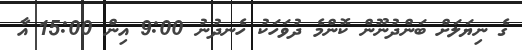
ގެ ނިޔަލަށް ބަންދުނޫން ކޮންމެ ދުވަހަކު ހެނދުނު 9:00 އިން 15:00 އާ